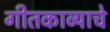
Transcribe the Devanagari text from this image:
गीतकाव्याचे